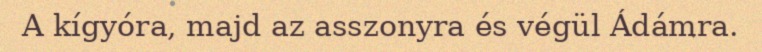
A kígyóra, majd az asszonyra és végül Ádámra.